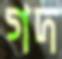
গদ